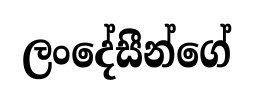
ලංදේසීන්ගේ